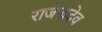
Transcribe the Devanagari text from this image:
राजेन्द्रदेव